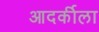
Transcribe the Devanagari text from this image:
आदर्कीला